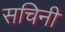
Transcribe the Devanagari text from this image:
सचिनी